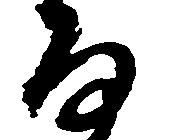
な